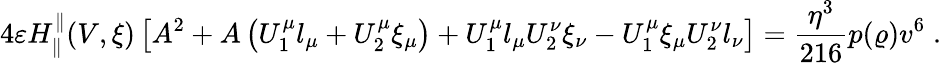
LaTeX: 4\varepsilon H_{\parallel}^{\parallel}(V,\xi)\left[A^{2}+A\left(U_{1}^{\mu}l_{\mu}+U_{2}^{\mu}\xi_{\mu}\right)+U_{1}^{\mu}l_{\mu}U_{2}^{\nu}\xi_{\nu}-U_{1}^{\mu}\xi_{\mu}U_{2}^{\nu}l_{\nu}\right]=\frac{\eta^{3}}{216}p(\varrho)v^{6}\; .